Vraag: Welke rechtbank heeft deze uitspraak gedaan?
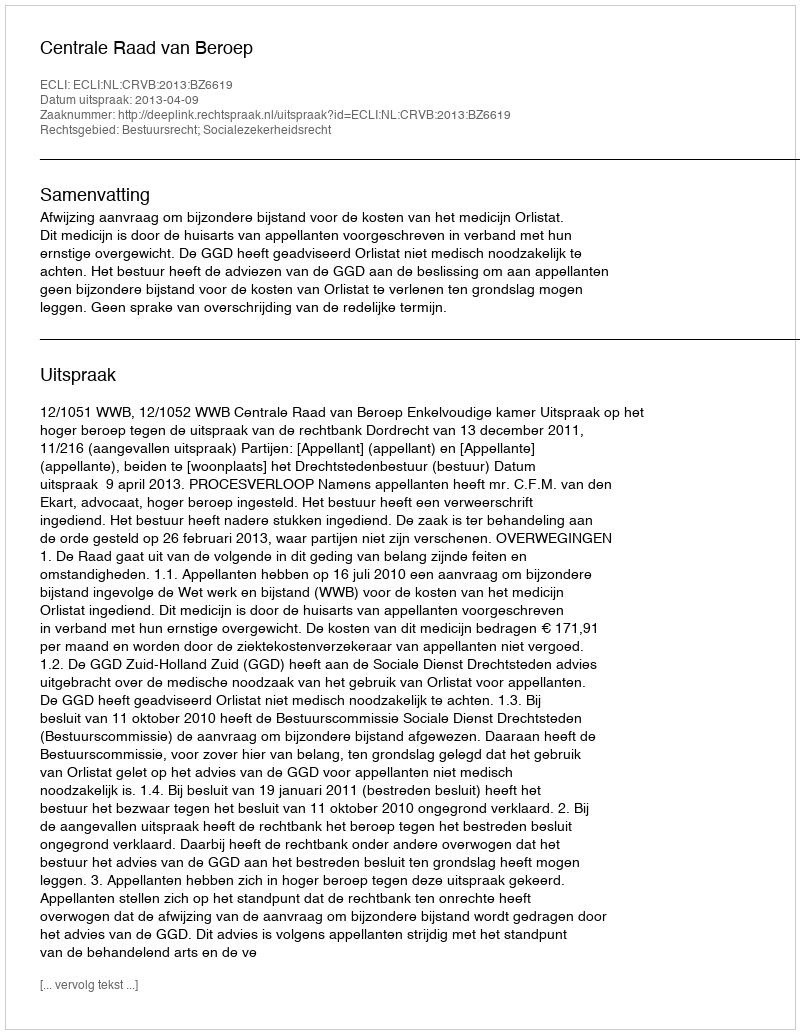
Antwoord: Centrale Raad van Beroep